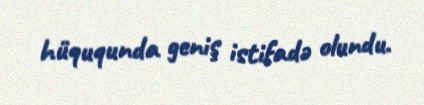
hüququnda geniş istifadə olundu.